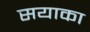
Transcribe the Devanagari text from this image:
सयाका